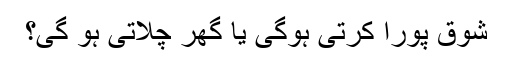
شوق پورا کرتی ہوگی یا گھر چلاتی ہو گی؟